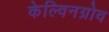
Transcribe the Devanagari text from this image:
केल्विनग्रोव